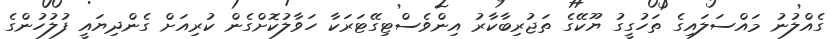
ގެއްލުނު މައްސަލައިގެ ތަހުގީގު ޔޫކޭގެ ތަޖުރިބާކާރު އިންވެސްޓިގޭޓަރަކާ ހަވާލުކޮށްގެން ކުރިއަށް ގެންދިޔައީ ފުލުހުންގެ